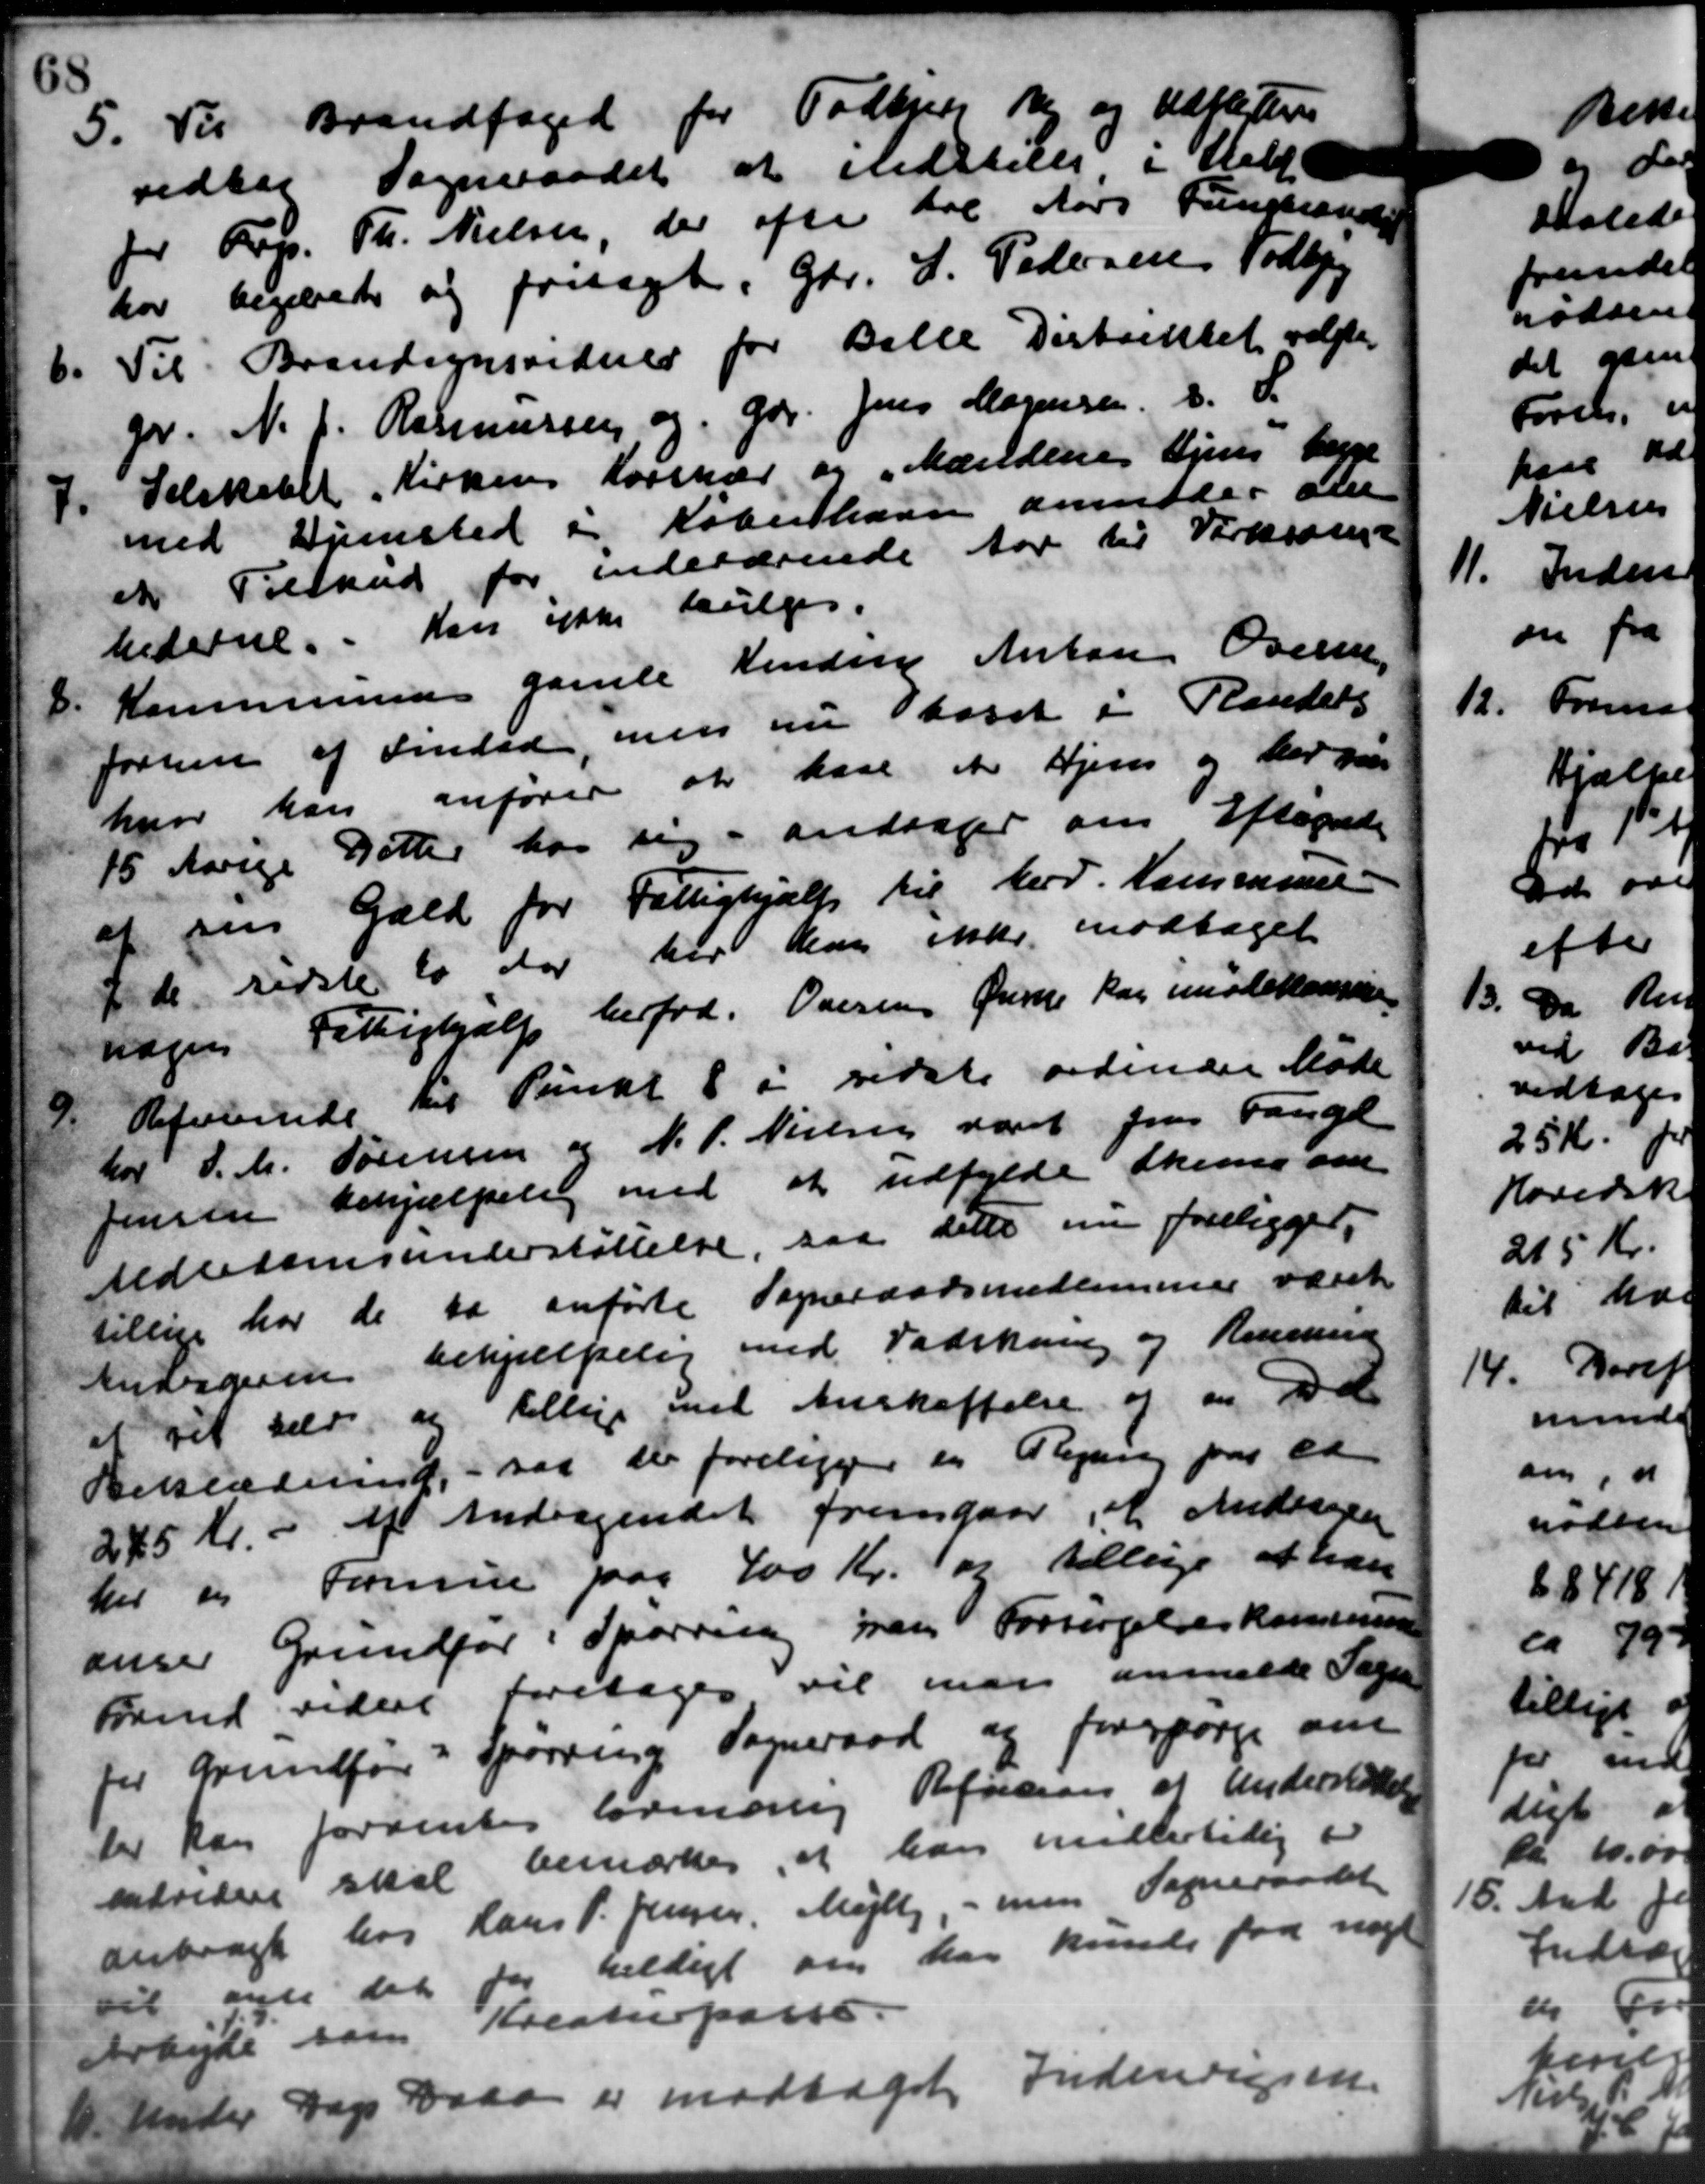
Transskription:
5.
Til Brandfoged for Todbjerg By og Udfløttere
vedtog Sogneraadet at nedsteles i Hel
for Forp. Th. Nielsen, der ofte til Aars Fungrander
har begærede og fritaget, Gdr. J. Pedersens Todbjer
6.
Til Brandsynsvidner for Balle Distriktet valgtes
gr. N. J. Rasmussen, og Gdr. Jens Mogensen. D. S.
.
Selskabet Kirkens Korshær og „Mændenes Ejens bygge
med Hjemsted i København anmoder den
et Tilskud for indeværende Aar til Virksom
hederne. Kan ikke bevilges.
8.
Kommunens gamle Render Anton Oversen
Jorsen af Findede, men nu Skoset i Pantets
hvor han anfører at have et Hjem og der paa
15 Aarige Datter hos sig i andrager om Aftegnede
af sin Gæld for Fattighjælp til herv. Kommune-
I de sidste to der har han ikke modtaget
nager Fattighjælp herfod. Overen Ørne kan imødekommune
9.
Regulerinde til Punkt 8 i sidste ordinære Møde
hor J. M. Sørensen og N. P. Nielsen været fra Fange
Jensen behjælpen med at udfylde Skema om
Alderdomsunderstøttelse, saa dette nu foreligger,
tillige har de da anførte Sogneraadsmedlemmer været
Andageren behjælpelig med Fadekan og Kommune
at vil selv, og tillige med Anskaffelse og en Del
Beklædning, - saa der foreligger en Regning paa et
245 Kr. - af Andragendet fremgaar, at Andragen
her og Formue paa 400 Kr. og tillige at han
anser Grundfør i Spørring paa Forsørgelseskommunen
Fund vider foretages vil man anmelde Sagen
for Grundfør Spørring Sogneraad og forespørge om
Der kan forventes lovmæssig Refusion af Understøttelse
ndvidere skal bemærkes, at han midlertidig e
anbragt hos Hans P. Jensen, Mejlby, - men Sogneraadet
til at det for heldigt om har kunde faa nogl
Arbejde som Kreaturpasse.
10.
Under Dags Daaa er modtaget Indenrigsen.